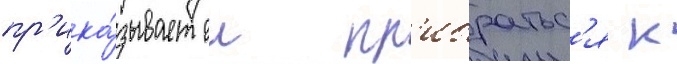
пр'ика́зывает еи пр'ибратьс'я к